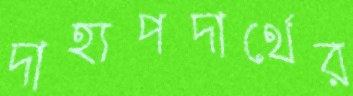
দাহ্যপদার্থের